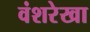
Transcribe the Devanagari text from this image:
वंशरेखा